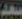
سعد